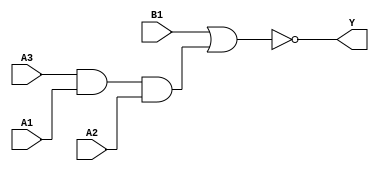
module sky130_fd_sc_hd__a31oi (
    Y ,
    A1,
    A2,
    A3,
    B1
);

    // Module ports
    output Y ;
    input  A1;
    input  A2;
    input  A3;
    input  B1;

    // Local signals
    wire and0_out  ;
    wire nor0_out_Y;

    //  Name  Output      Other arguments
    and and0 (and0_out  , A3, A1, A2     );
    nor nor0 (nor0_out_Y, B1, and0_out   );
    buf buf0 (Y         , nor0_out_Y     );

endmodule